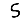
Digit: 5